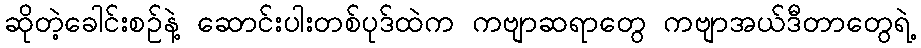
ဆိုတဲ့ခေါင်းစဉ်နဲ့ ဆောင်းပါးတစ်ပုဒ်ထဲက ကဗျာဆရာတွေ ကဗျာအယ်ဒီတာတွေရဲ့